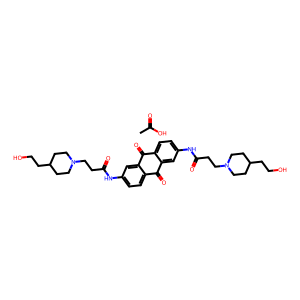
SMILES: CC(=O)O.O=C(CCN1CCC(CCO)CC1)Nc1ccc2c(c1)C(=O)c1ccc(NC(=O)CCN3CCC(CCO)CC3)cc1C2=O
Inhibits HIV replication: No